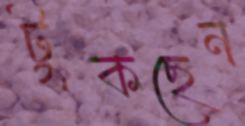
টুকছেন